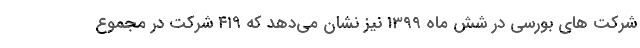
شرکت های بورسی در شش ماه 1399 نیز نشان می‌دهد که ۴۱۹ شرکت در مجموع